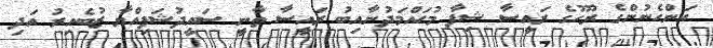
އަންހެނުންގެ ރޫހުގެ ރައީސާ ޝިފާ މުޙައްމަދުނާއިބު ރައީސާ ތާނީ ސައީދުޝަފިއްޔާ ޒުބެއިރު އަދި